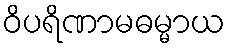
ဝိပရိဏာမဓမ္မာယ